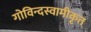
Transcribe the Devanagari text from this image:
गोविन्दस्वामीकृत